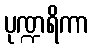
ပုဏ္ဍရိကာ